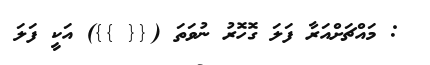
: މައްޗަށްއަރާ ފަލަ ގޮހޮރު ނުވަތަ ({{ }}) އަކީ ފަލަ